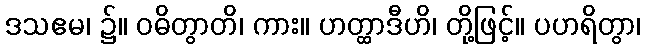
ဒသဧမ၊ ၌။ ဝဓိတွာတိ၊ ကား။ ဟတ္ထာဒီဟိ၊ တို့ဖြင့်။ ပဟရိတွာ၊